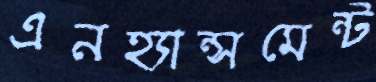
এনহ্যান্সমেন্ট